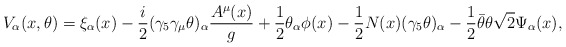
\begin{align*}V_{\alpha}(x , \theta) = \xi_{\alpha}(x) -\frac{i}{2}(\gamma_{5}\gamma_{\mu}\theta)_{\alpha} \frac{A^{\mu}(x)}{g}+ \frac{1}{2} \theta_{\alpha} \phi(x) - \frac{1}{2}N(x)(\gamma_{5} \theta)_{\alpha} -\frac{1}{2} \bar{\theta}\theta \sqrt{2}\Psi_{\alpha}(x) ,\end{align*}